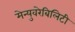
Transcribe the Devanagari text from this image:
मेन्युवरेबिलिटी